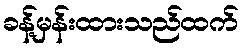
ခန့်မှန်းထားသည်ထက်